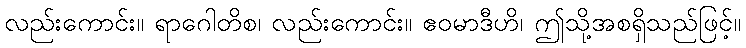
လည်းကောင်း။ ရာဂေါတိစ၊ လည်းကောင်း။ ဧဝမာဒီဟိ၊ ဤသို့အစရှိသည်ဖြင့်။